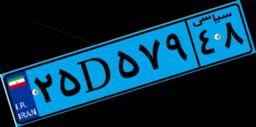
۵۷D۸۴۶۸۴